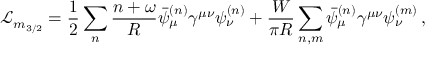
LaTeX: \mathcal { L } _ { m _ { 3 / 2 } } = \frac { 1 } { 2 } \sum _ { n } \frac { n + \omega } { R } \bar { \psi } _ { \mu } ^ { ( n ) } \gamma ^ { \mu \nu } \psi _ { \nu } ^ { ( n ) } + \frac { W } { \pi R } \sum _ { n , m } \bar { \psi } _ { \mu } ^ { ( n ) } \gamma ^ { \mu \nu } \psi _ { \nu } ^ { ( m ) } \, ,